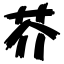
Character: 芥